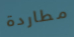
مطاردة